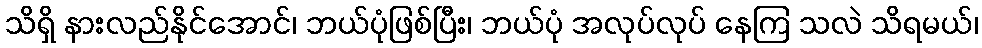
သိရှိ နားလည်နိုင်အောင်၊ ဘယ်ပုံဖြစ်ပြီး၊ ဘယ်ပုံ အလုပ်လုပ် နေကြ သလဲ သိရမယ်၊